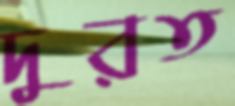
দুরত